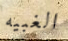
الغبيه